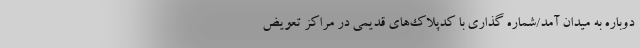
دوباره به میدان آمد/شماره گذاری با کدپلاک‌های قدیمی در مراکز تعویض